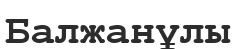
Балжанұлы